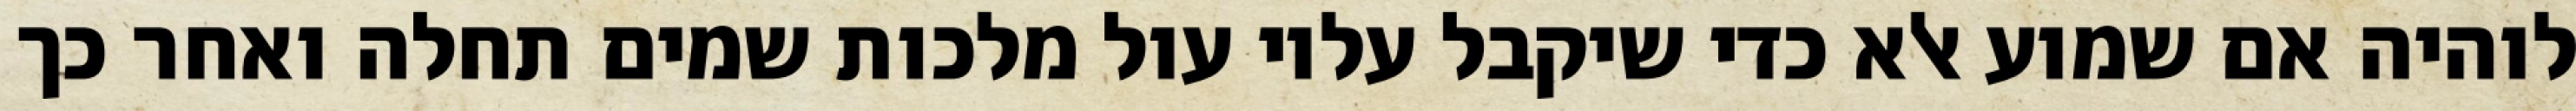
לוהיה אם שמוע אלא כדי שיקבל עליו עול מלכות שמים תחלה ואחר כך